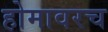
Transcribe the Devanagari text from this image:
होमावरच